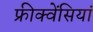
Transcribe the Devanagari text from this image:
फ्रीक्वेंसियां